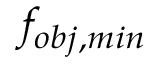
f _ { o b j , m i n }